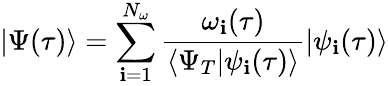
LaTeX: |\Psi(\tau)\rangle=\sum_{\mathbf{i}=1}^{N_{\omega}}\frac{{\omega_{\mathbf{i}}(\tau)}}{{\langle\Psi_{T}|\psi_{\mathbf{i}}(\tau)\rangle}}|\psi_{\mathbf{i}}(\tau)\rangle